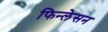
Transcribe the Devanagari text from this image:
फिन्लेसन